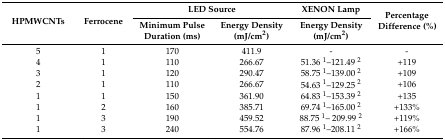
<table><thead><tr><td rowspan="2"><b>HPMWCNTs</b></td><td rowspan="2"><b>Ferrocene</b></td><td colspan="2"><b>LED Source</b></td><td><b>XENON Lamp</b></td><td rowspan="2"><b>Percentage Difference (%)</b></td></tr><tr><td><b>Minimum Pulse Duration (ms)</b></td><td><b>Energy Density (mJ/cm<sup>2</sup>)</b></td><td><b>Energy Density (mJ/cm<sup>2</sup>)</b></td></tr></thead><tbody><tr><td>5</td><td>1</td><td>170</td><td>411.9</td><td>-</td><td>-</td></tr><tr><td>4</td><td>1</td><td>110</td><td>266.67</td><td>51.36 <sup>1</sup>–121.49 <sup>2</sup></td><td>+119</td></tr><tr><td>3</td><td>1</td><td>120</td><td>290.47</td><td>58.75 <sup>1</sup>–139.00 <sup>2</sup></td><td>+109</td></tr><tr><td>2</td><td>1</td><td>110</td><td>266.67</td><td>54.63 <sup>1</sup>–129.25 <sup>2</sup></td><td>+106</td></tr><tr><td>1</td><td>1</td><td>150</td><td>361.90</td><td>64.83 <sup>1</sup>–153.39 <sup>2</sup></td><td>+135</td></tr><tr><td>1</td><td>2</td><td>160</td><td>385.71</td><td>69.74 <sup>1</sup>–165.00 <sup>2</sup></td><td>+133%</td></tr><tr><td>1</td><td>3</td><td>190</td><td>459.52</td><td>88.75 <sup>1</sup>– 209.99 <sup>2</sup></td><td>+119%</td></tr><tr><td>1</td><td>3</td><td>240 </td><td>554.76</td><td>87.96 <sup>1</sup>–208.11 <sup>2</sup></td><td>+166%</td></tr></tbody></table>